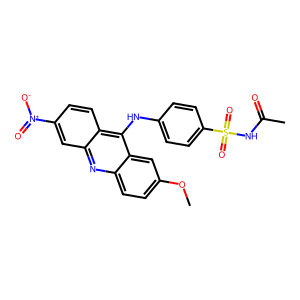
SMILES: COc1ccc2nc3cc([N+](=O)[O-])ccc3c(Nc3ccc(S(=O)(=O)NC(C)=O)cc3)c2c1
Inhibits HIV replication: No